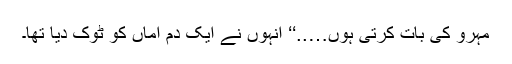
مہرو کی بات کرتی ہوں…..‘‘ انہوں نے ایک دم اماں کو ٹوک دیا تھا۔